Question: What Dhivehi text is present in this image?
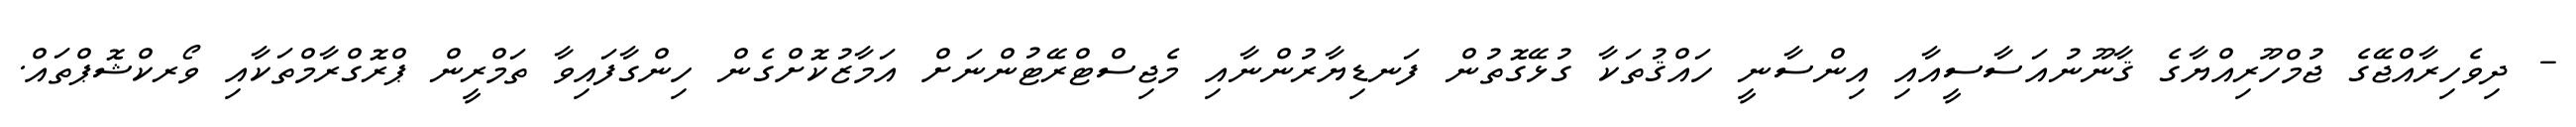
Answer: - ދިވެހިރާއްޖޭގެ ޖުމްހޫރިއްޔާގެ ޤާނޫނުއަސާސީއާއި އިންސާނީ ހައްޤުތަކާ ގުޅޭގޮތުން ފަނޑިޔާރުންނާއި މެޖިސްޓްރޭޓުންނަށް އަމާޒުކޮށްގެން ހިންގާފައިވާ ތަމްރީން ޕްރޮގްރާމްތަކާއި ވޯރކްޝޮޕްތައް.